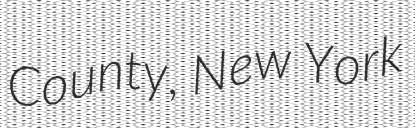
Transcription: County, New York